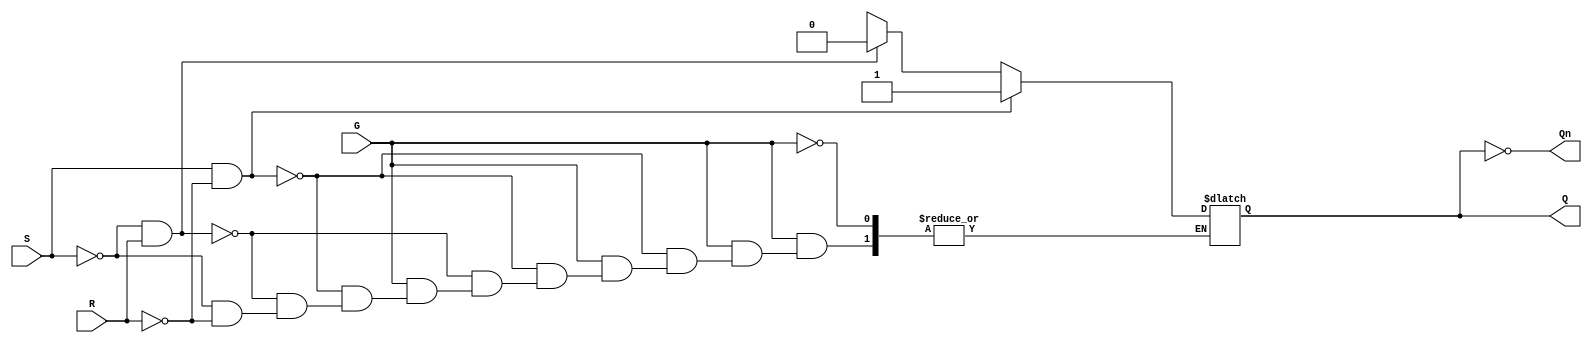
module gated_sr_latch (
    input wire S,      // Set input
    input wire R,      // Reset input
    input wire G,      // Enable signal
    output reg Q,      // Output Q
    output wire Qn     // Complementary output Q'
);

// Complementary output
assign Qn = ~Q;

// Always block to implement the latch behavior
always @(*) begin
    if (G) begin
        if (S && ~R) begin
            Q = 1'b1;  // Set Q to 1
        end else if (~S && R) begin
            Q = 1'b0;  // Reset Q to 0
        end else if (~S && ~R) begin
            // Maintain current state (do nothing)
            Q = Q;     // Retain previous value
        end else begin
            // Invalid state (S = 1, R = 1)
            Q = 1'bx;  // Undefined state
        end
    end
    // When G is low, retain the current state
end

endmodule